Civil Veterinary Dept. Bombay admin report 1932-41 - 1932-1941
Year: 1932
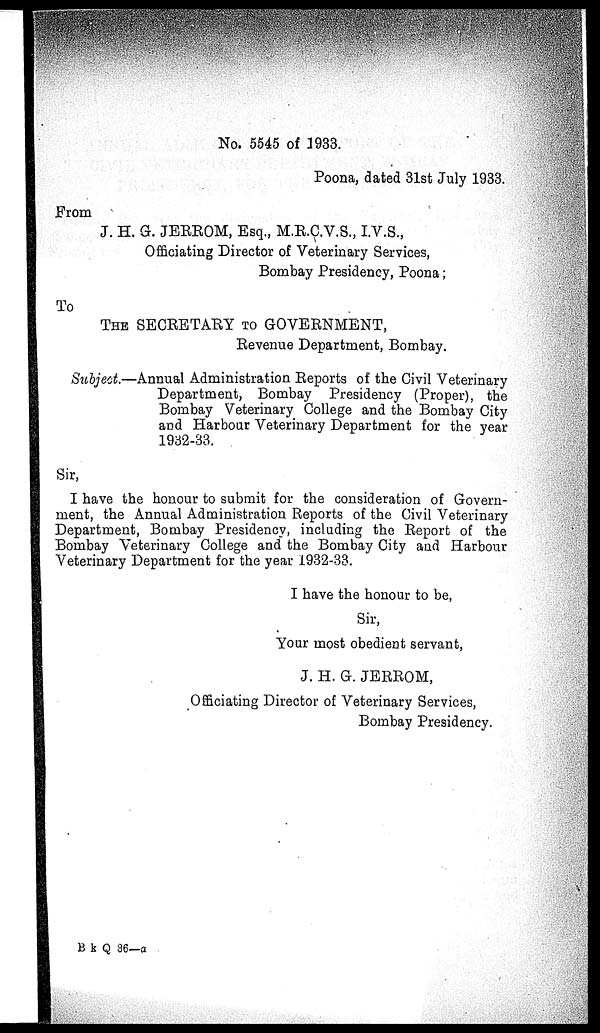
No. 5545 of 1933.
Poona, dated 31st July 1933.
From
J. H. G. JERROM, Esq., M.R.C.V.S., I.V.S.,
Officiating Director of Veterinary Services,
Bombay Presidency, Poona;
To
THE SECRETARY TO GOVERNMENT,
Revenue Department, Bombay.
Subject.—Annual Administration Reports of the Civil Veterinary
Department, Bombay Presidency (Proper), the
Bombay Veterinary College and the Bombay City
and Harbour Veterinary Department for the year
1932-33.
Sir,
I have the honour to submit for the consideration of Govern-
ment, the Annual Administration Reports of the Civil Veterinary
Department, Bombay Presidency, including the Report of the
Bombay Veterinary College and the Bombay City and Harbour
Veterinary Department for the year 1932-33.
I have the honour to be,
Sir,
Your most obedient servant,
J. H. G. JERROM,
Officiating Director of Veterinary Services,
Bombay Presidency.
B k Q 36—a